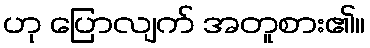
ဟု ပြောလျက် အတူစား၏။